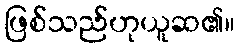
ဖြစ်သည်ဟုယူဆ၏။